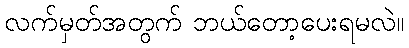
လက်မှတ်အတွက် ဘယ်တော့ပေးရမလဲ။